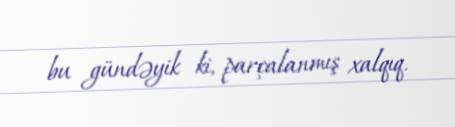
bu gündəyik ki, parçalanmış xalqıq.